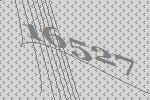
16527